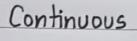
Continuous